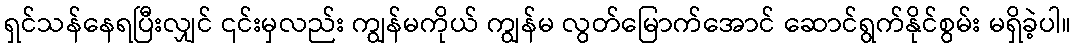
ရှင်သန်နေရပြီးလျှင် ၎င်းမှလည်း ကျွန်မကိုယ် ကျွန်မ လွတ်မြောက်အောင် ဆောင်ရွက်နိုင်စွမ်း မရှိခဲ့ပါ။